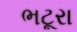
ભટૂરા